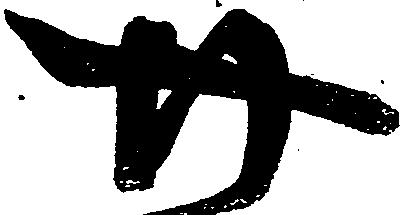
廿